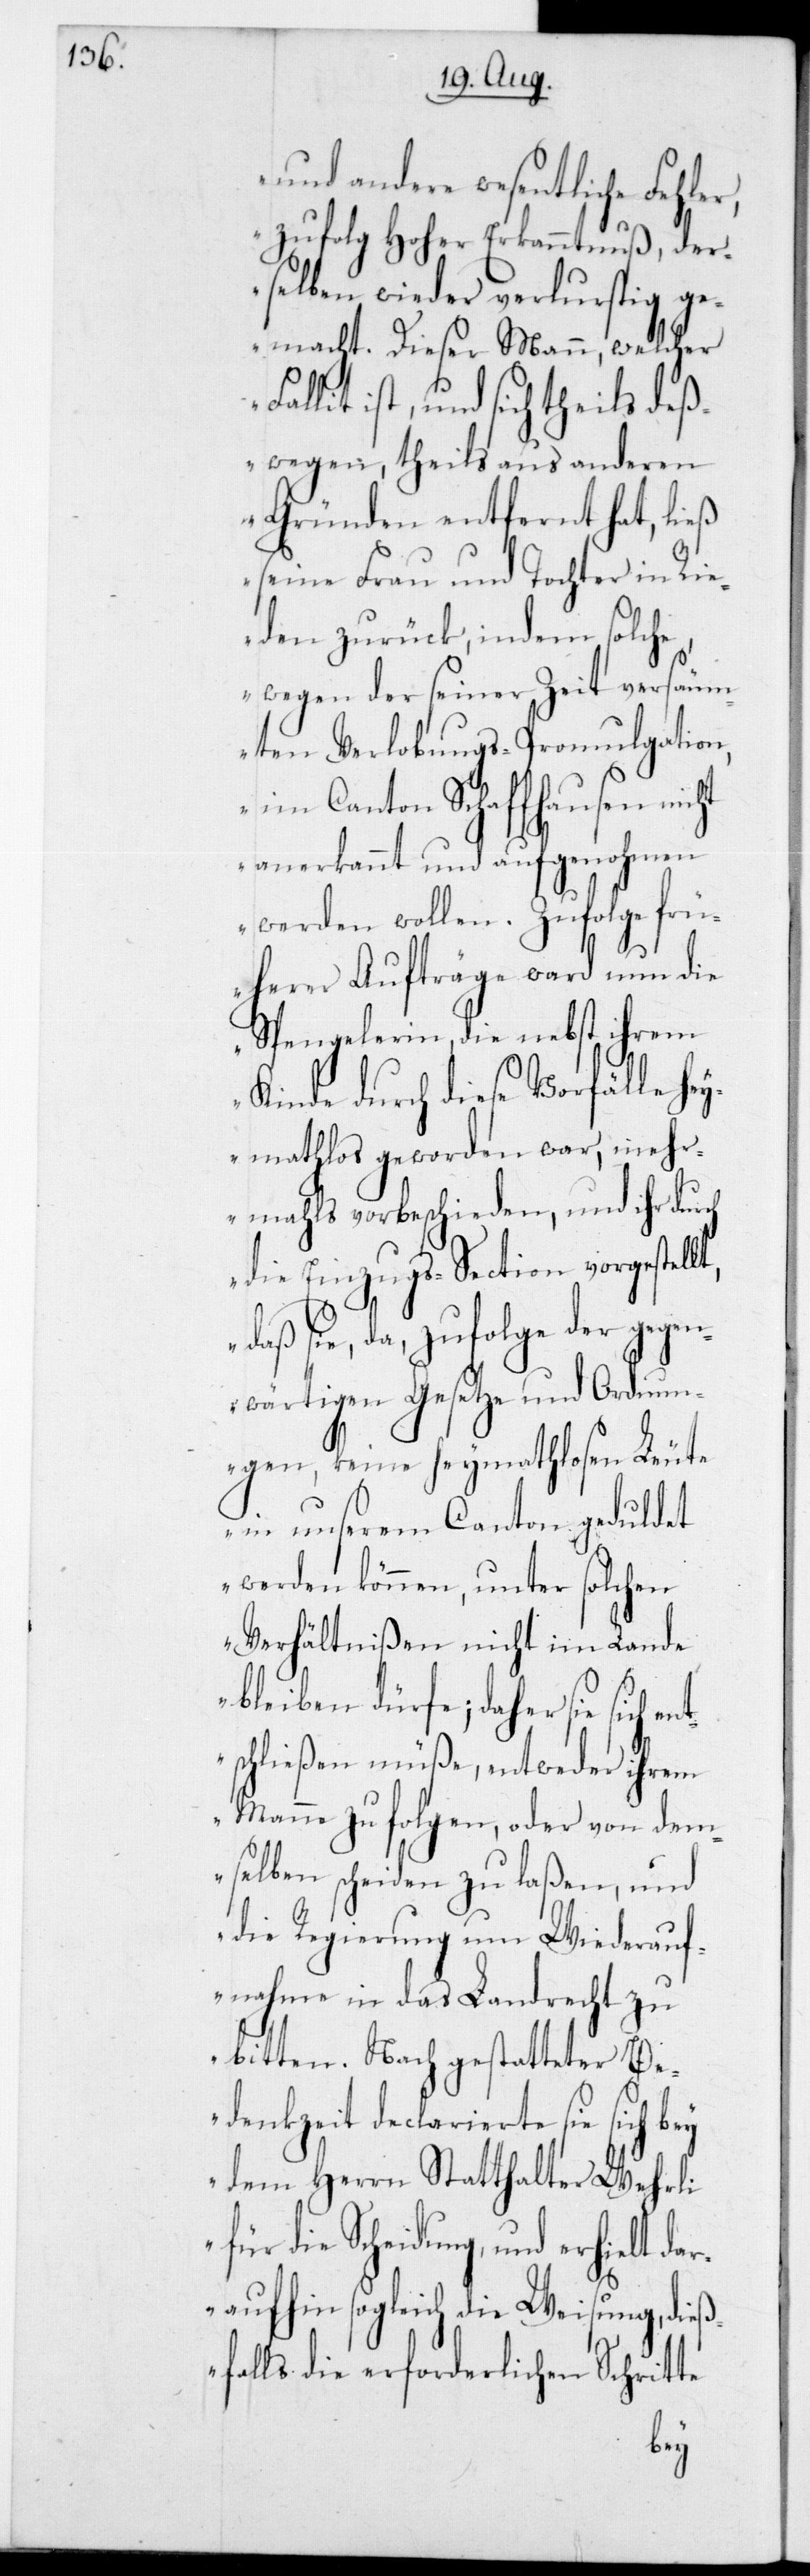
und andere wesentliche Fehler,
zufolg Hoher Erkanntnuß, der¬
selben wieder verlustig ge¬
macht. Dieser Mann, welcher
ist, und sich theils deß¬
wegen, theils aus anderen
Gründen entfernt hat, ließ
seine Frau und Tochter in Rie¬
den zurück, indem solch¬
wegen der seiner Zeit versäum¬
ten Verlobungs-Promulgation,
im Canton Schaffhausen nicht
anerkannt und aufgenohmen
werden wollen. Zufolge frü¬
herer Aufträge ward nun die
Spengelerin die nebst ihrem
Kinde durch diese Vorfälle hey¬
mathlos geworden war, mehr¬
mals vorbeschieden, und ihr durch
die Einzugs-Section vorgestel¬
daß sie, da zufolge der gegen¬
wärtigen Gesetze und Ordnun¬
in unserem Canton geduldet
werden können, unter solchen
Verhältnißen nicht im Lande
bleiben dürfe; daher sie sich
schließen müße, entweder ihrem
Manne zu folgen, oder von dem¬
selben scheiden zu laßen, und
die Regierung um Wiederauf¬
nahme in das Landrecht zu
bitten. Nach gestatteter Be¬
denkzeit declarierte sie sich bey
dem Herrn Statthalter Wehrli
für die Scheidung und erhielt da¬
raufhin sogleich die Weisung, dieß¬
falls die erforderlichen Schrit¬
te